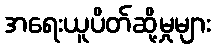
အရေးယူပိတ်ဆို့မှုများ